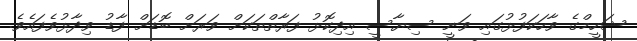
ޝަހީމްގެ ވާހަކަފުޅުގައި ވަނީ ސިޔާސީ އިދިކޮޅު ފަރާތްތަކަށް ވަރަށް ބޮޑަށް ފާޑު ވިދާޅުވެފައެވެ.